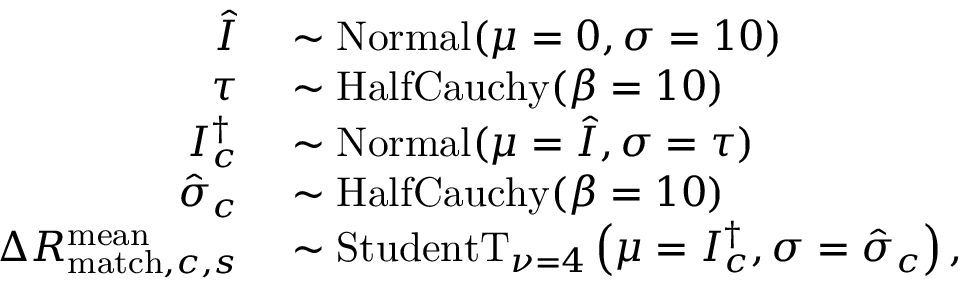
\begin{array} { r l } { \hat { I } } & { { } \sim \mathrm { N o r m a l } ( \mu = 0 , \sigma = 1 0 ) } \\ { \tau } & { { } \sim \mathrm { H a l f C a u c h y } ( \beta = 1 0 ) } \\ { I _ { c } ^ { \dagger } } & { { } \sim \mathrm { N o r m a l } ( \mu = \hat { I } , \sigma = \tau ) } \\ { \hat { \sigma } _ { c } } & { { } \sim \mathrm { H a l f C a u c h y } ( \beta = 1 0 ) } \\ { \Delta R _ { \mathrm { m a t c h } , c , s } ^ { \mathrm { m e a n } } } & { { } \sim \mathrm { S t u d e n t T } _ { \nu = 4 } \left( \mu = I _ { c } ^ { \dagger } , \sigma = \hat { \sigma } _ { c } \right) , } \end{array}